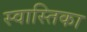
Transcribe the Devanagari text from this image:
स्वास्तिका